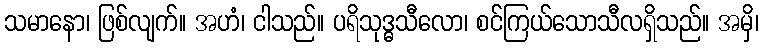
သမာနော၊ ဖြစ်လျက်။ အဟံ၊ ငါသည်။ ပရိသုဒ္ဓသီလော၊ စင်ကြယ်သောသီလရှိသည်။ အမှိ၊